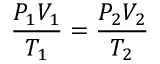
\qquad { \frac { P _ { 1 } V _ { 1 } } { T _ { 1 } } } = { \frac { P _ { 2 } V _ { 2 } } { T _ { 2 } } }